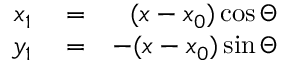
\begin{array} { r l r } { x _ { 1 } } & { { } = } & { ( x - x _ { 0 } ) \cos \Theta } \\ { y _ { 1 } } & { { } = } & { - ( x - x _ { 0 } ) \sin \Theta } \end{array}